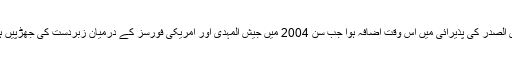
مقتدی الصدر کی پذیرائی میں اس وقت اضافہ ہوا جب سن 2004 میں جیش المہدی اور امریکی فورسز کے درمیان زبردست کی جھڑپیں ہوئیں۔